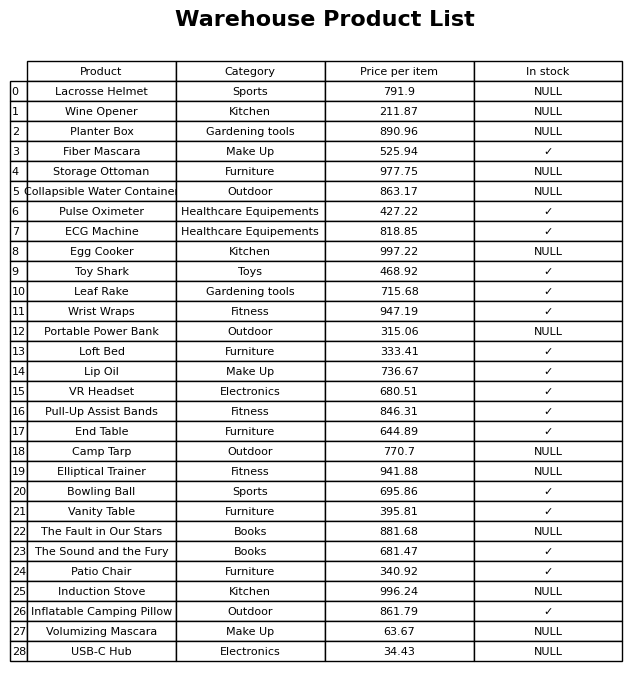
question: Which products are available in stock?
answer: Fiber Mascara, Pulse Oximeter, ECG Machine, Toy Shark, Leaf Rake, Wrist Wraps, Loft Bed, Lip Oil, VR Headset, Pull-Up Assist Bands, End Table, Bowling Ball, Vanity Table, The Sound and the Fury, Patio Chair, Inflatable Camping Pillow